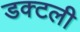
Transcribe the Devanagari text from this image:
डक्टली